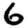
Digit: 6